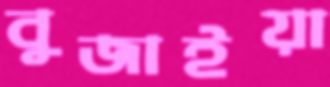
বুজাইয়া